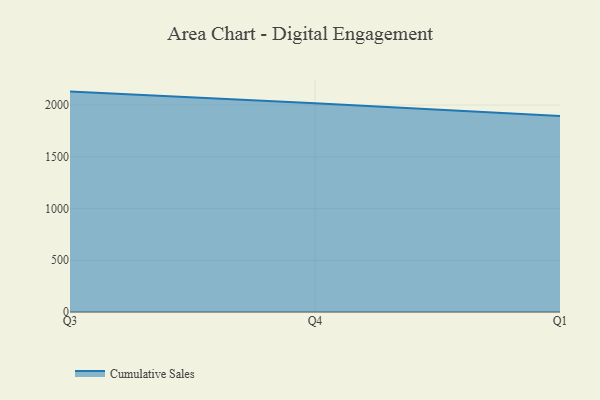
{"axis": {"x": "Quarter", "y": "Tickets Resolved"}, "legend": ["Cumulative Sales"], "data": [{"x": "Q3", "y": 2130.2, "type": "Cumulative Sales"}, {"x": "Q4", "y": 2018.7, "type": "Cumulative Sales"}, {"x": "Q1", "y": 1894.0, "type": "Cumulative Sales"}]}